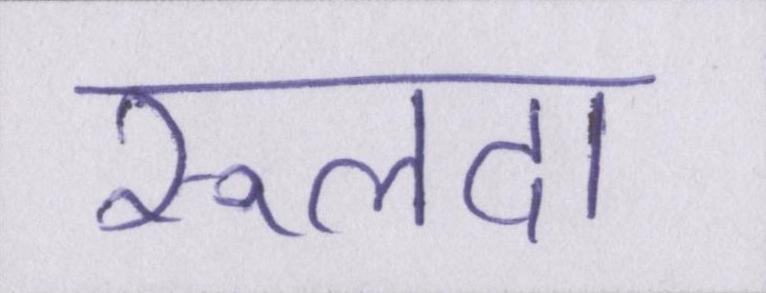
रूलदा